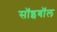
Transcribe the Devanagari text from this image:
सॉइबॉल